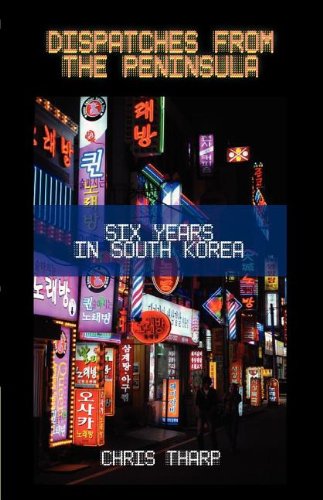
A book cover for Dispatches from the Peninsula: Six Years in South Korea; Chris Tharp; Travel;